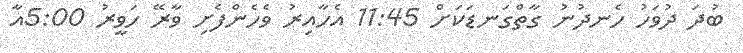
ބުދަ ދުވަހު ހެނދުނު ގާތްގަނޑަކަށް 11:45 އެހާއިރު ވެހެންފެށި ވާރޭ ހަވީރު 5:00އާ